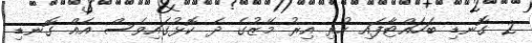
2 ގޮނޑި ބަހައްޓާފައި ހުރި އިރު މޭޒުގެ ދެ ކޮޅުގައިވެސް އެއް ގޮނޑި